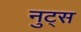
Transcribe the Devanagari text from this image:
नुट्स